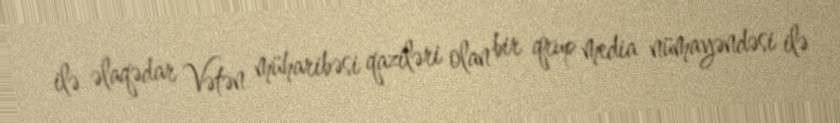
ilə əlaqədar Vətən müharibəsi qaziləri olan bir qrup media nümayəndəsi ilə